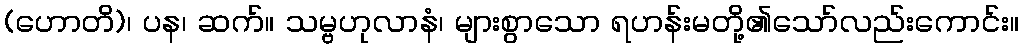
(ဟောတိ)၊ ပန၊ ဆက်။ သမ္ဗဟုလာနံ၊ များစွာသော ရဟန်းမတို့၏သော်လည်းကောင်း။